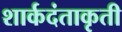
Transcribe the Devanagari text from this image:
शार्कदंताकृती